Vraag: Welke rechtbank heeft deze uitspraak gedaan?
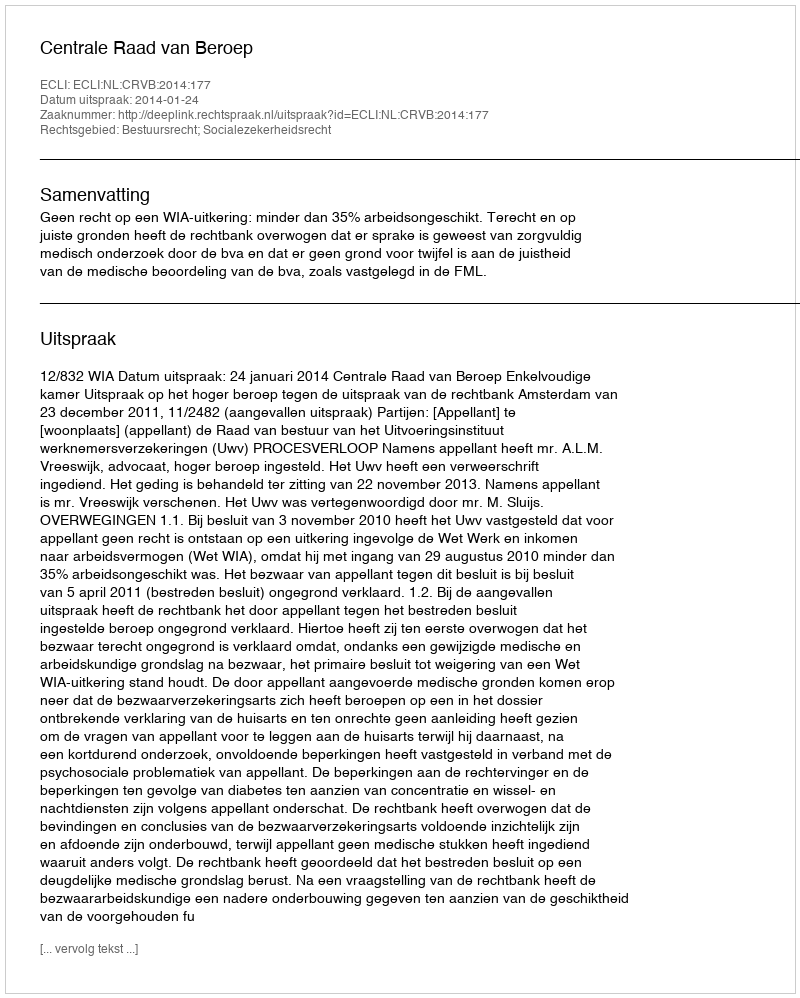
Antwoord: Centrale Raad van Beroep